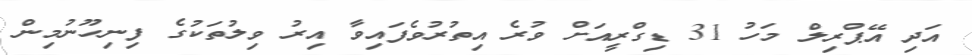
އަދި އޭޕްރިލް މަހު 31 ޑިގްރީއަށް ވުރެ އިތުރުވެފައިވާ އިރު ވިލުތަކުގެ ފިނިހޫނުމިން